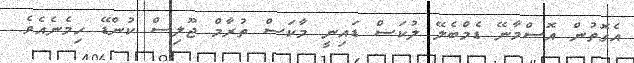
އެގޮތުން އޮސްމާނޭ ޑެމްބެލޭ ލުކަސް ޑައިނީ މާކަސް ތުރާމް ޖޫލިސް ކުންޑޭ ހިމެނެއެވެ.